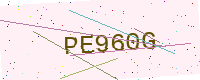
Text: PE960G